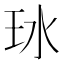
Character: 𬍖